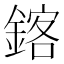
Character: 𫒴